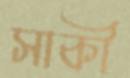
সাকী